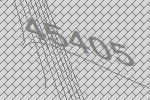
45405